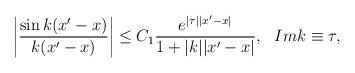
LaTeX: \begin{align*}\left|\frac{\sin k(x'-x)}{k(x'-x)}\right |\leq C_1\frac{e^{|\tau||x'-x|}}{1+|k||x'-x|}, ~~Im k\equiv \tau,\end{align*}